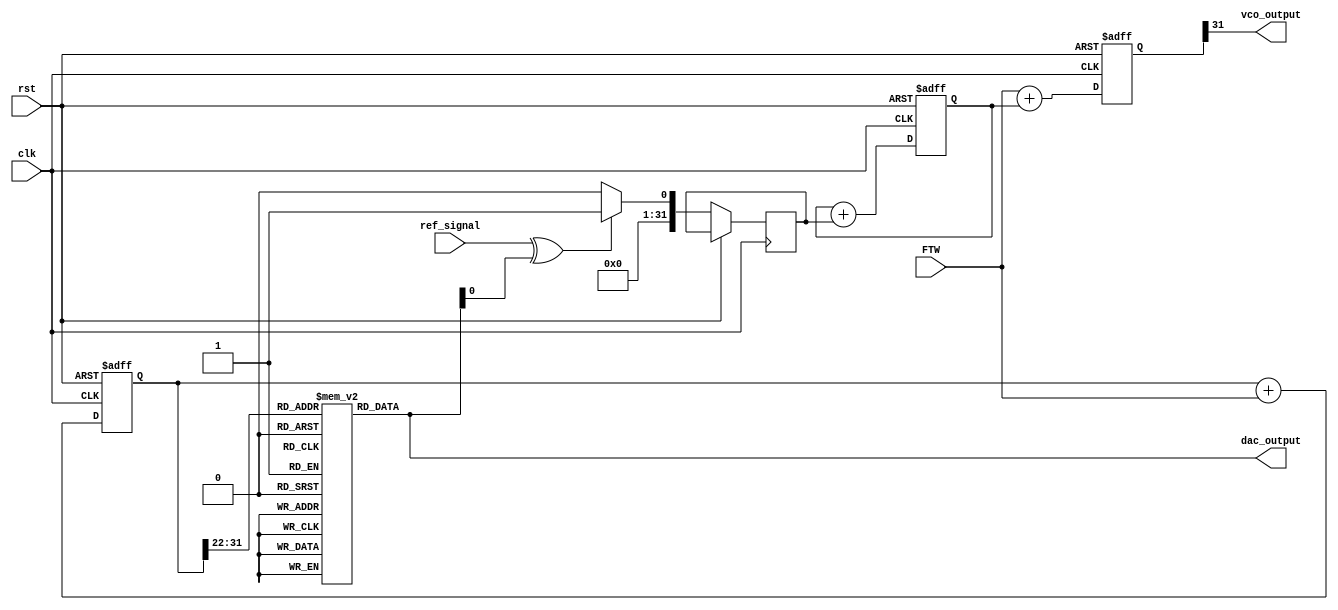
module DDS_PLL (
    input wire clk,                // System clock
    input wire rst,                // Reset signal
    input wire [31:0] FTW,         // Frequency Tuning Word
    input wire ref_signal,          // Reference signal for PLL
    output wire [11:0] dac_output, // Output to DAC
    output wire vco_output         // Output of VCO
);

// Phase Accumulator
reg [31:0] phase_accumulator;
wire [31:0] phase_next;

// Phase-to-Amplitude Lookup Table (LUT)
reg [11:0] amplitude_lut [0:1023]; // LUT for 1024 entries
initial begin
    // Initialize LUT with sine wave values or any desired waveform
    // Example: amplitude_lut[0] = 12'd2048; // Midpoint for sine wave
    // Fill the LUT with appropriate values
end

// PLL signals
reg [31:0] vco_freq;
reg [31:0] phase_error;
reg [31:0] filtered_error;

// Phase Accumulator Logic
always @(posedge clk or posedge rst) begin
    if (rst) begin
        phase_accumulator <= 32'b0;
    end else begin
        phase_accumulator <= phase_next;
    end
end

assign phase_next = phase_accumulator + FTW;

// Phase-to-Amplitude Conversion
wire [9:0] phase_index;
assign phase_index = phase_accumulator[31:22]; // Use upper bits for LUT addressing
assign dac_output = amplitude_lut[phase_index];

// PLL Logic
always @(posedge clk or posedge rst) begin
    if (rst) begin
        vco_freq <= 32'b0;
        filtered_error <= 32'b0;
    end else begin
        // Phase Detector (simple XOR for demonstration)
        phase_error <= (ref_signal ^ dac_output[0]) ? 32'd1 : 32'd0;

        // Loop Filter (simple integrator for demonstration)
        filtered_error <= filtered_error + phase_error;

        // Voltage-Controlled Oscillator (VCO)
        vco_freq <= FTW + filtered_error; // Adjust VCO frequency based on error
    end
end

assign vco_output = vco_freq[31]; // Simplified VCO output

endmodule